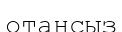
отансыз